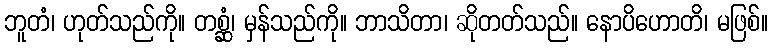
ဘူတံ၊ ဟုတ်သည်ကို။ တစ္ဆံ၊ မှန်သည်ကို။ ဘာသိတာ၊ ဆိုတတ်သည်။ နောပိဟောတိ၊ မဖြစ်။